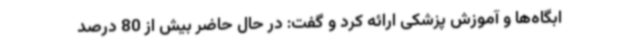
ابگاه‌ها و آموزش پزشکی ارائه کرد و گفت: در حال حاضر بیش از 80 درصد